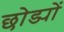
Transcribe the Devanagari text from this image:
छोड्यों